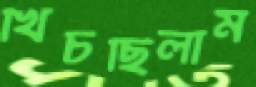
খিঁচছিলাম